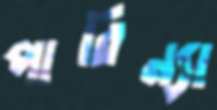
পারিন্যা